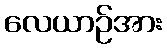
လေယာဉ်အား